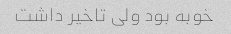
خوبه بود ولی تاخیر داشت